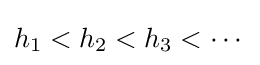
h_{1}<h_{2}<h_{3}<\cdots